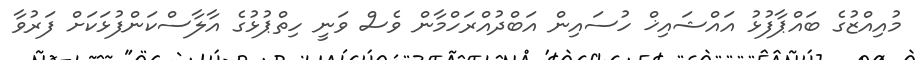
މުއިއްޒުގެ ބައްޕާފުޅު އައްޝައިޚް ހުސައިން އަބްދުއްރަހްމާން ވެސް ވަނީ ހިތްޕުޅުގެ އާލާސްކަންފުޅަކަށް ފަރުވާ